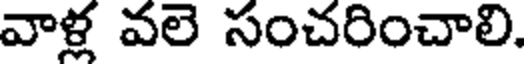
వాళ్ల వలె సంచరించాలి.